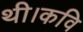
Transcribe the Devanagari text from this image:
थी।कवि